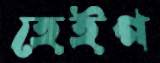
হেইগ